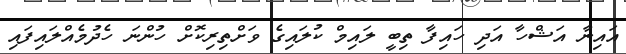
އައިނާ އަޝްހާ އަދި ހައިފާ ތިބީ ލައިމް ކުލައިގެ ވަށްތިރިކޮށް ހުންނަ ހެދުމެއްލައިފައި